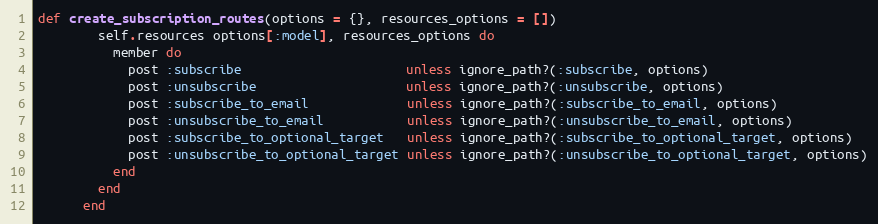
Language: Ruby
def create_subscription_routes(options = {}, resources_options = [])
        self.resources options[:model], resources_options do
          member do
            post :subscribe                      unless ignore_path?(:subscribe, options)
            post :unsubscribe                    unless ignore_path?(:unsubscribe, options)
            post :subscribe_to_email             unless ignore_path?(:subscribe_to_email, options)
            post :unsubscribe_to_email           unless ignore_path?(:unsubscribe_to_email, options)
            post :subscribe_to_optional_target   unless ignore_path?(:subscribe_to_optional_target, options)
            post :unsubscribe_to_optional_target unless ignore_path?(:unsubscribe_to_optional_target, options)
          end
        end
      end